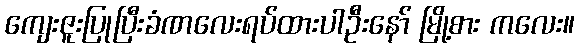
ကျေးဇူးပြုပြီးခံဏလေးရပ်ထားပါဦးနော် မြို့စား ကလေး။